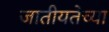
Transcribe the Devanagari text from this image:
जातीयतेच्या